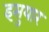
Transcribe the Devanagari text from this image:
इसुयार